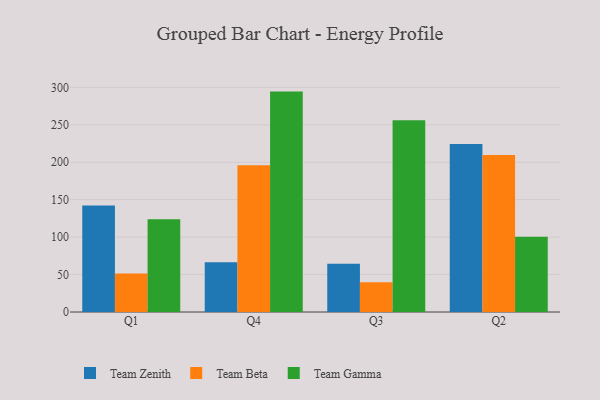
{"axis": {"x": "Quarter", "y": "Active Users"}, "legend": ["Team Beta", "Team Gamma", "Team Zenith"], "data": [{"x": "Q1", "y": 142.4, "type": "Team Zenith"}, {"x": "Q1", "y": 51.3, "type": "Team Beta"}, {"x": "Q1", "y": 123.9, "type": "Team Gamma"}, {"x": "Q4", "y": 66.5, "type": "Team Zenith"}, {"x": "Q4", "y": 195.9, "type": "Team Beta"}, {"x": "Q4", "y": 294.4, "type": "Team Gamma"}, {"x": "Q3", "y": 64.5, "type": "Team Zenith"}, {"x": "Q3", "y": 39.7, "type": "Team Beta"}, {"x": "Q3", "y": 256.0, "type": "Team Gamma"}, {"x": "Q2", "y": 224.5, "type": "Team Zenith"}, {"x": "Q2", "y": 209.6, "type": "Team Beta"}, {"x": "Q2", "y": 100.4, "type": "Team Gamma"}]}